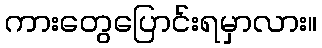
ကားတွေပြောင်းရမှာလား။